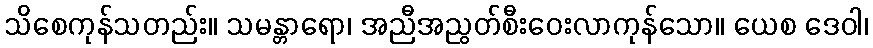
သိစေကုန်သတည်း။ သမန္တာရော၊ အညီအညွတ်စီးဝေးလာကုန်သော။ ယေစ ဒေဝါ၊